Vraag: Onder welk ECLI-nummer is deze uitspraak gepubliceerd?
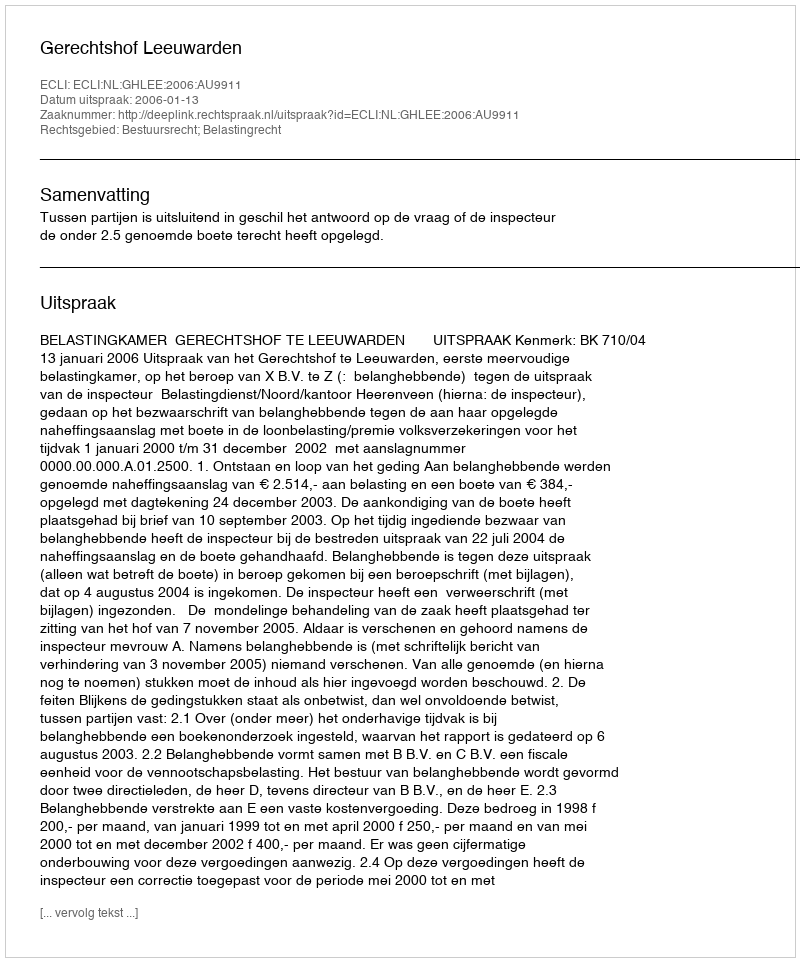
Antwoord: ECLI:NL:GHLEE:2006:AU9911